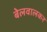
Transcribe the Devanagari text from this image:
बेलवालकर